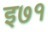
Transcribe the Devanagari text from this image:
इ७१